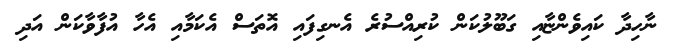
ނާހިދާ ކައިވެންޏާއި ގަބޫލުކަން ކުރިއްސުރެ އެނގިފައި އޮތަސް އެކަމާއި އެހާ އުފާވާކަން އަދި